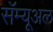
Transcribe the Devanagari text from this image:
सॅम्यूअल